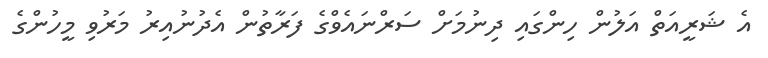
އެ ޝަރީއަތް އަލުން ހިންގައި ދިނުމަށް ސަރްނައެވްގެ ފަރާތުން އެދުނުއިރު މަރުވި މީހުންގެ